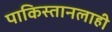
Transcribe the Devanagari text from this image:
पाकिस्तानलाही